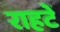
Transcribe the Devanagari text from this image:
राहटें